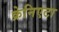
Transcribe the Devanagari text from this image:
क्रेनिएटा